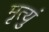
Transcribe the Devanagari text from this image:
मृत्युं